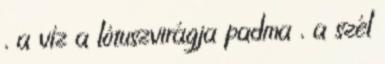
, a víz a lótuszvirágja padma , a szél